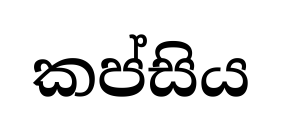
කප්සිය